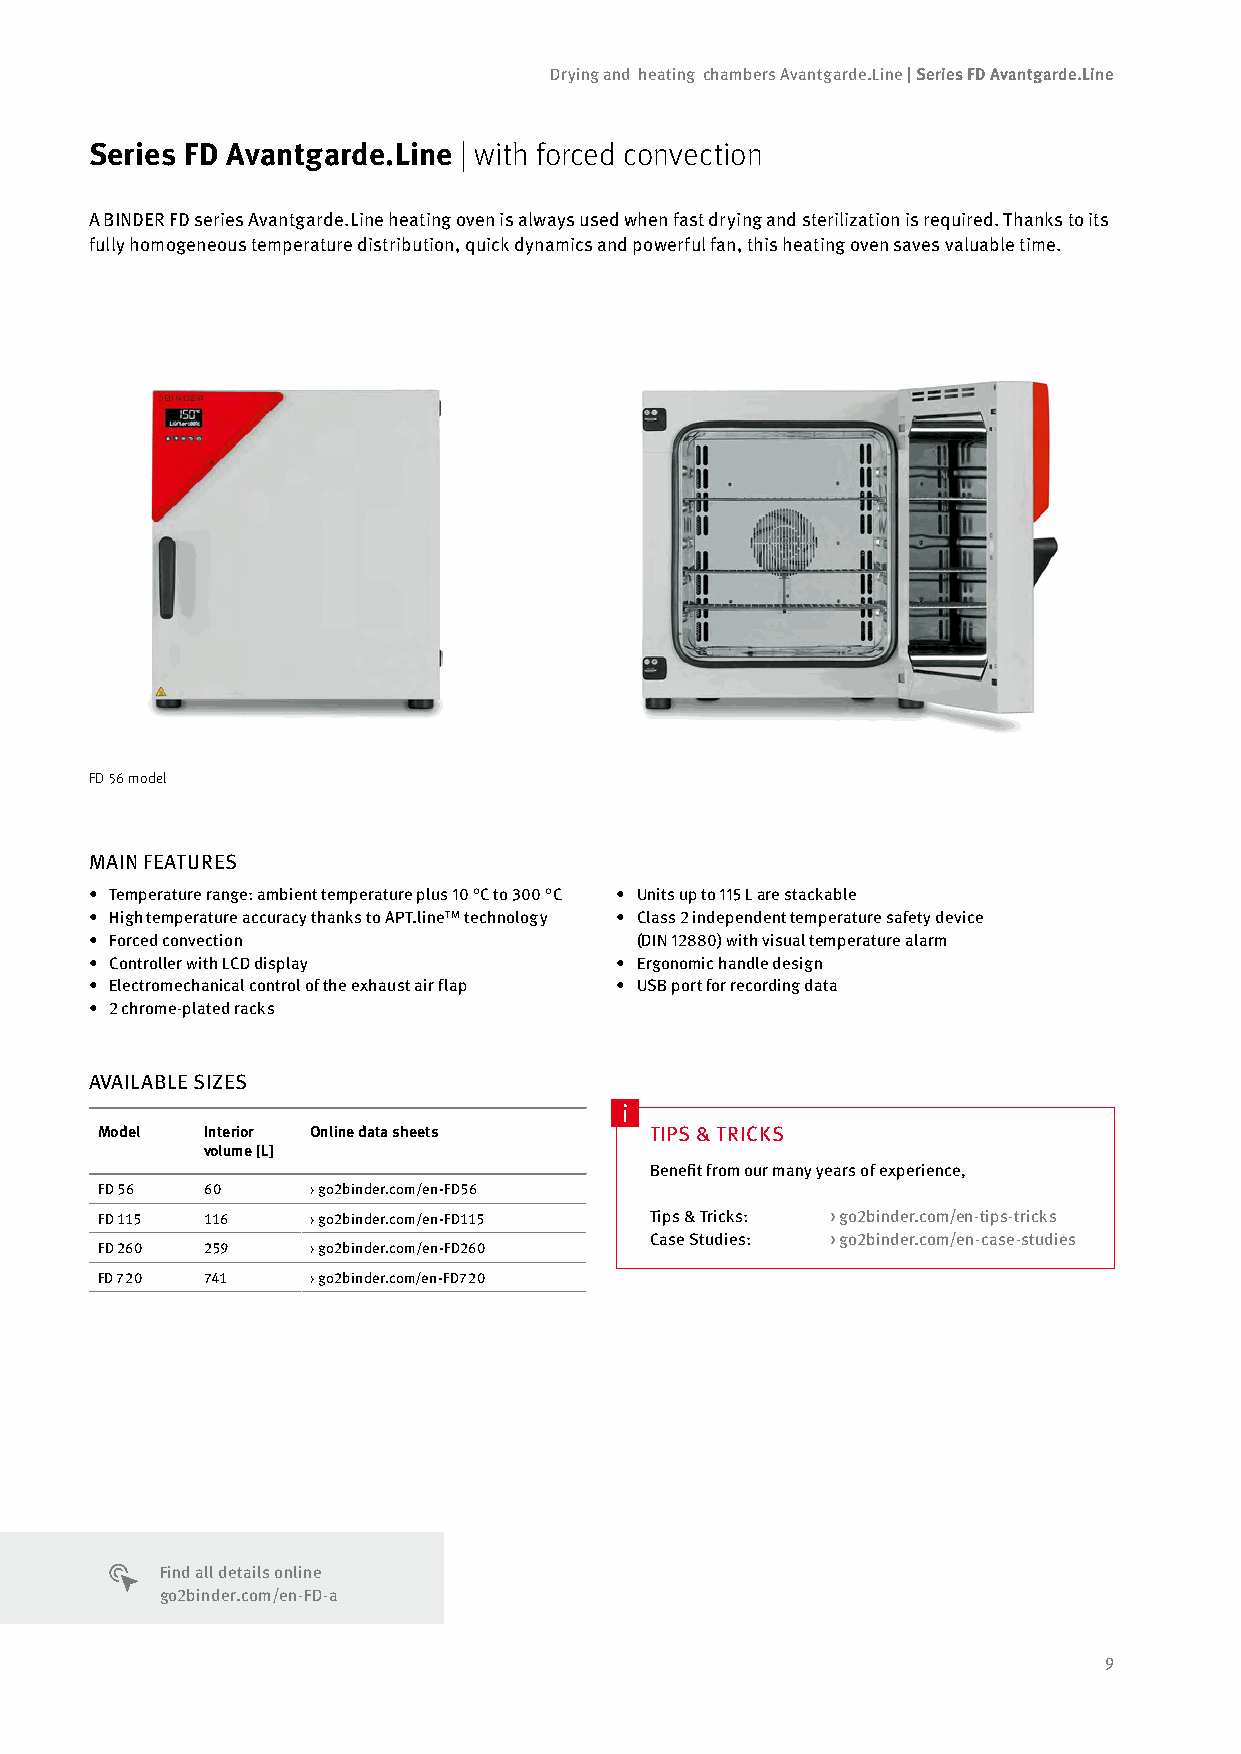
Drying and heating chambers Avantgarde.Line | Series FD Avantgarde.Line
 Series FD Avantgarde.Line | with forced convection
 A BINDER FD series Avantgarde.Line heating oven is always used when fast drying and sterilization is required. Thanks to its
 fully homogeneous temperature distribution, quick dynamics and powerful fan, this heating oven saves valuable time.
 FD 56 model
 MAIN FEATURES
 • Temperature range: ambient temperature plus 10 °C to 300 °C • Units up to 115 L are stackable
 • High temperature accuracy thanks to APT.line™ technology • Class 2 independent temperature safety device
 • Forced convection                 (DIN 12880) with visual temperature alarm
 • Controller with LCD display      • Ergonomic handle design
 • Electromechanical control of the exhaust air flap • USB port for recording data
 • 2 chrome-plated racks
 AVAILABLE SIZES
 Model  Interior Online data sheets   TIPS & TRICKS
 volume [L]
 Benefit from our many years of experience,
 FD 56  60      › go2binder.com/en-FD56
 FD 115 116     › go2binder.com/en-FD115 Tips & Tricks: > go2binder.com/en-tips-tricks
 Case Studies: > go2binder.com/en-case-studies
 FD 260 259     › go2binder.com/en-FD260
 FD 720 741     › go2binder.com/en-FD720
 Find all details online
 go2binder.com/en-FD-a
 9